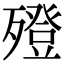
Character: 𣩟